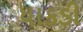
ધાકડી